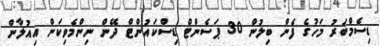
ޑިސެމްބަރު މަހުގެ ފެން ބިލުން 30 ޕަސެންޓް ޑިސްކައުންޓް ދޭން ނިންމެވިކަން އިއުލާން